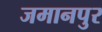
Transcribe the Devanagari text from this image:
जमानपुर